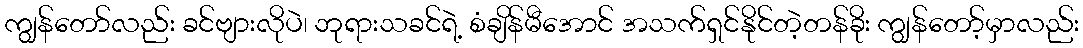
ကျွန်တော်လည်း ခင်ဗျားလိုပဲ၊ ဘုရားသခင်ရဲ့ စံချိန်မီအောင် အသက်ရှင်နိုင်တဲ့တန်ခိုး ကျွန်တော့်မှာလည်း